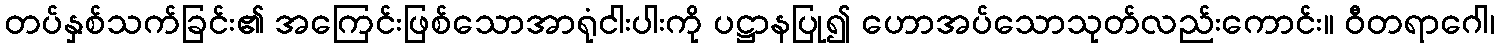
တပ်နှစ်သက်ခြင်း၏ အကြေင်းဖြစ်သောအာရုံငါးပါးကို ပဋ္ဌာနပြု၍ ဟောအပ်သောသုတ်လည်းကောင်း။ ဝီတရာဂေါ၊